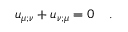
u _ { \mu ; \nu } + u _ { \nu ; \mu } = 0 ~ ~ ~ .